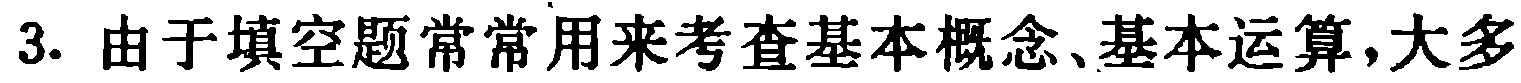
3. 由于填空题常常用来考查基本概念、基本运算,大多